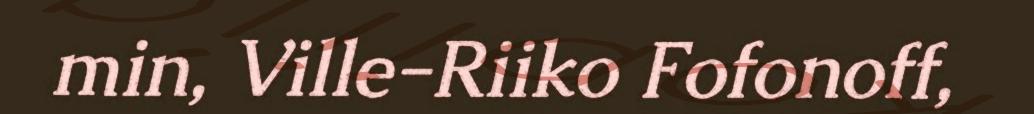
min, Ville-Riiko Fofonoff,